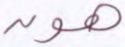
هون